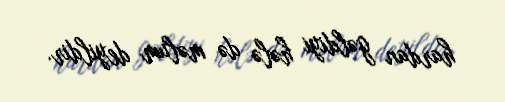
hardan gəldiyi hələ də məlum deyildir.